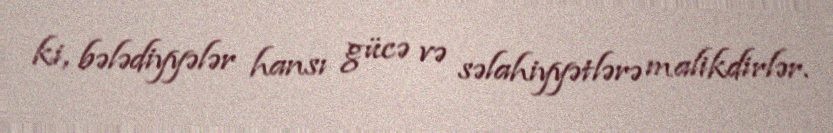
ki, bələdiyyələr hansı gücə və səlahiyyətlərə malikdirlər.